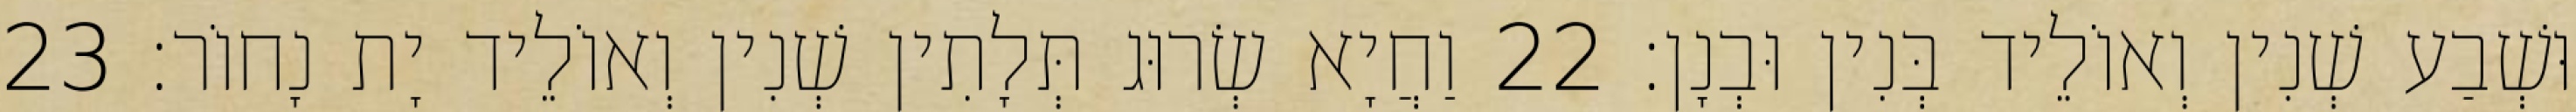
וּשְׁבַע שְׁנִין וְאוֹלֵיד בְּנִין וּבְנָן׃ 22 וַחֲיָא שְׂרוּג תְּלָתִין שְׁנִין וְאוֹלֵיד יָת נָחוֹר׃ 23